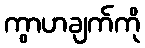
ကွာဟချက်ကို